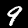
Label: 9